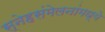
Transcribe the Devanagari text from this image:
स्नेहसंमेलनांमध्ये